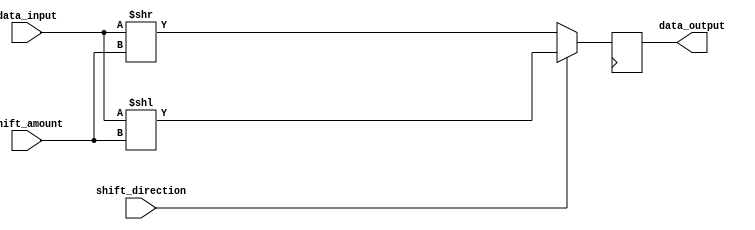
module barrel_shifter (
    input wire [31:0] data_input,
    input wire [4:0] shift_amount,
    input wire shift_direction,
    output reg [31:0] data_output
);

reg [31:0] shifted_data;

always @ (data_input or shift_amount or shift_direction)
begin
    if(shift_direction) begin
        shifted_data = data_input << shift_amount;
    end
    else begin
        shifted_data = data_input >> shift_amount;
    end
end

always @ (posedge clk)
begin
    data_output <= shifted_data;
end

endmodule